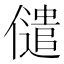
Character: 儙